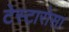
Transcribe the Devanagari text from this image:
टेस्टारोसा